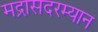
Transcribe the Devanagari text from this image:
मद्रासदरम्यान